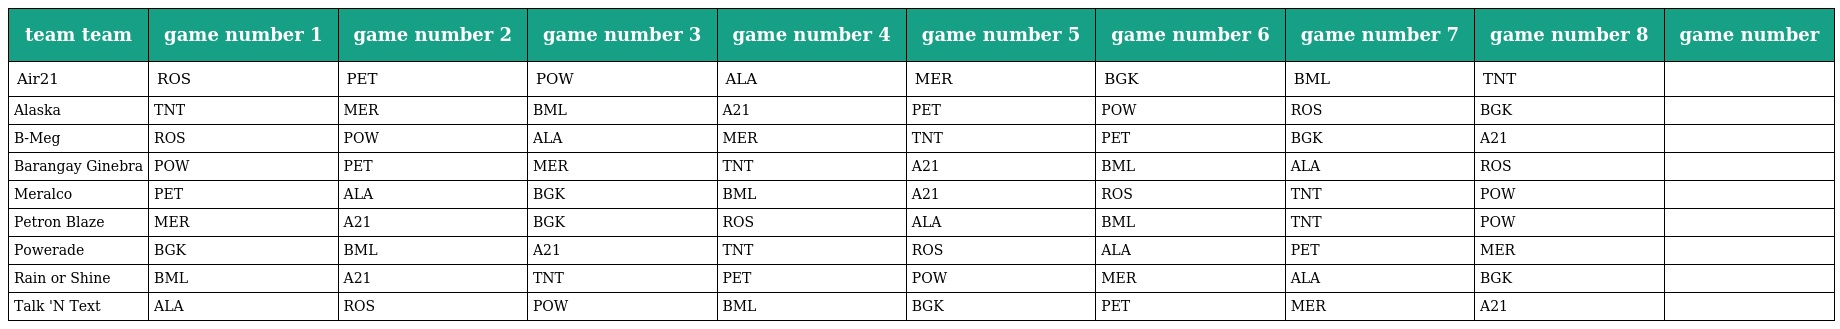
| team team | game number 1 | game number 2 | game number 3 | game number 4 | game number 5 | game number 6 | game number 7 | game number 8 | game number |
 | --- | --- | --- | --- | --- | --- | --- | --- | --- | --- |
 | Air21 | ROS | PET | POW | ALA | MER | BGK | BML | TNT |  |
 | Alaska | TNT | MER | BML | A21 | PET | POW | ROS | BGK |  |
 | B-Meg | ROS | POW | ALA | MER | TNT | PET | BGK | A21 |  |
 | Barangay Ginebra | POW | PET | MER | TNT | A21 | BML | ALA | ROS |  |
 | Meralco | PET | ALA | BGK | BML | A21 | ROS | TNT | POW |  |
 | Petron Blaze | MER | A21 | BGK | ROS | ALA | BML | TNT | POW |  |
 | Powerade | BGK | BML | A21 | TNT | ROS | ALA | PET | MER |  |
 | Rain or Shine | BML | A21 | TNT | PET | POW | MER | ALA | BGK |  |
 | Talk 'N Text | ALA | ROS | POW | BML | BGK | PET | MER | A21 |  |